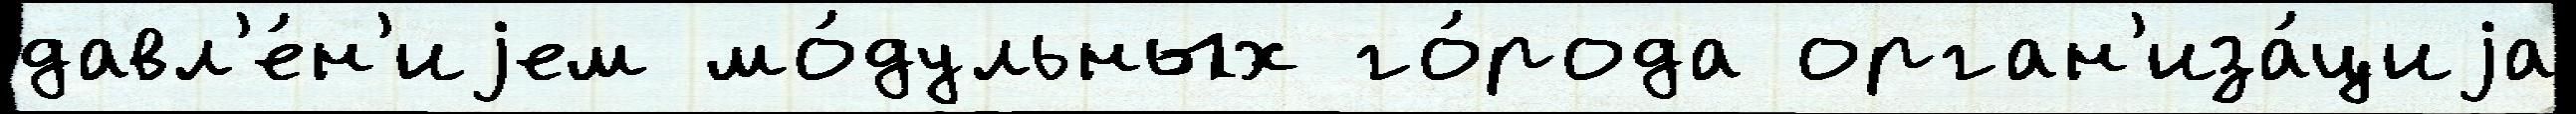
давл'е́н'иjем мо́дульных го́рода орган'иза́циjа